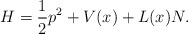
\begin{align*} H=\frac 12p^2+V(x)+L(x)N.\end{align*}